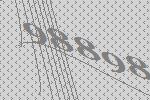
98898